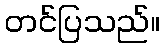
တင်ပြသည်။